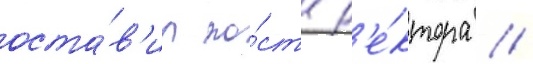
оста́в'ил по́ст р'е́ктора //